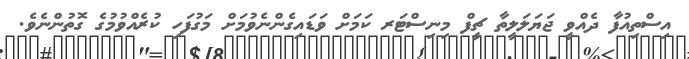
އިސްތިއުފާ ދެއްވީ ޖަޔަލަލީތާ ޗީފް މިނިސްޓަރ ކަމަށް ވަޑައިގެންނެވުމަށް މަގުފަހި ކުރެއްވުމުގެ ގޮތުންނެވެ.